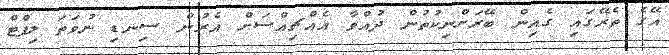
އޭގެ ތެރޭގައި ގެއިން ބޭރަށްނިކުތުން ދުއްވާ އެއްޗިއްސަށް އެރުން ސިނޑި ނުވަތަ ލިފްޓް